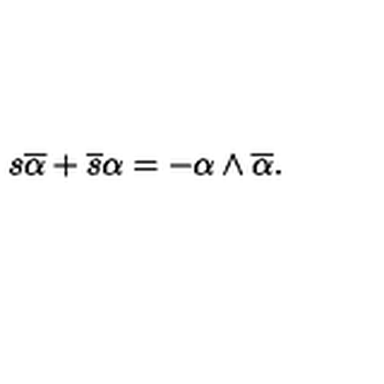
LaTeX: s \overline { { \alpha } } + \overline { { s } } \alpha = - \alpha \wedge \overline { { \alpha } } .